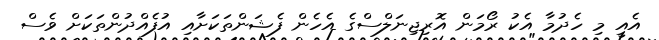
އެއީ މި ހެދުމާ އެކު ރޯމަން އޮރިޖިނަލްސްގެ އެހެން ފެޝަންތަކަށާއި އުފެއްދުންތަކަށް ވެސް